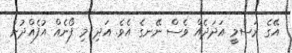
އޭގެ ރަސްމީ އަދަދެއް ވެސް ނޭނގެ އެވެ. އަދި މި ފޯނެއް އުފެއްދުން